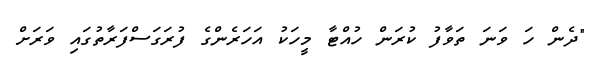
"ދެން ހަ ވަނަ ތަވާފު ކުރަން ހުއްޓާ މީހަކު އަހަރެންގެ ފުރަގަސްފަރާތުގައި ވަރަށް